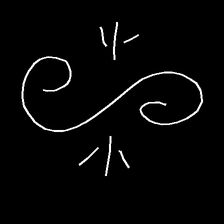
Glyph: wind-directs-air